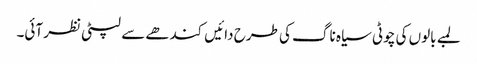
لمبے بالوں کی چوٹی سیاہ ناگ کی طرح دائیں کندھے سے لپٹی نظر آئی۔